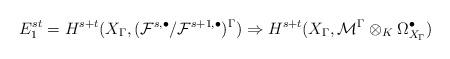
LaTeX: \begin{align*}E_1^{st}=H^{s+t}(X_{\Gamma},({\mathcal F}^{s,\bullet}/{\mathcal F}^{s+1,\bullet})^{\Gamma})\Rightarrow H^{s+t}(X_{\Gamma},{\mathcal {M}}^{\Gamma}\otimes_K\Omega^{\bullet}_{{X}_{\Gamma}} )\end{align*}